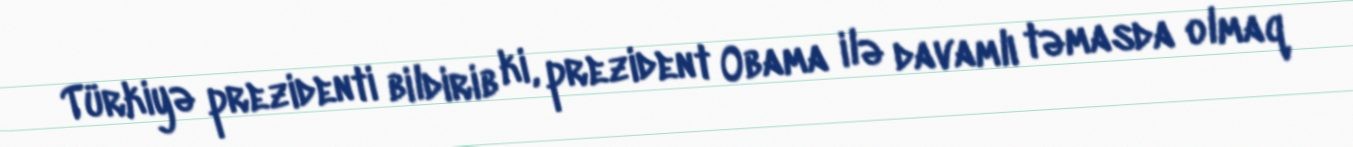
Türkiyə prezidenti bildirib ki, prezident Obama ilə davamlı təmasda olmaq